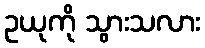
ဥယုကို သွားသလား